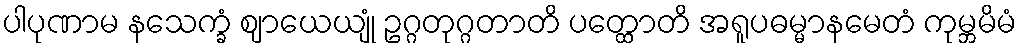
ပါပုဏာမ နသေက္ခံ ဈာယေယျုံ ဥဂ္ဂတုဂ္ဂတာတိ ပတ္ထောတိ အရူပဓမ္မာနမေတံ ကုမ္ဘမိမံ